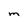
Character: m